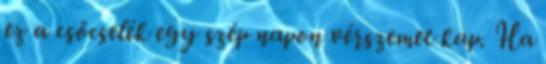
ez a csőcselék egy szép napon vérszemet kap. Ha